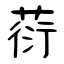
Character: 葕